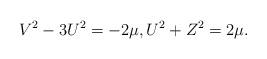
LaTeX: \begin{align*}V^{2}-3U^{2}=-2\mu,U^{2}+Z^{2}=2\mu.\end{align*}